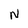
Character: N